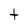
Character: t